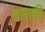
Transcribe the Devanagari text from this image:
तसाकी